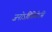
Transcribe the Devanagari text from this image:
जनोऽतिप्रियोऽसि